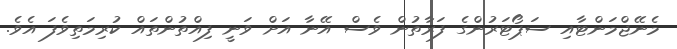
މެނޭޖްމަންޓާއި ސަޕޯޓަރުންގެ ފަރާތުން ވެސް އޭނާ އަށް ވަނީ ފިއްތުންތައް ކުރިމަތިވެފަ އެވެ.